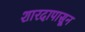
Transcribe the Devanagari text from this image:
शारदापासून